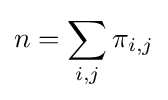
n=\sum _{i,j}\pi _{i,j}